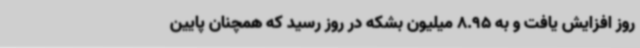
روز افزایش یافت و به 8.95 میلیون بشکه در روز رسید که همچنان پایین